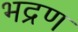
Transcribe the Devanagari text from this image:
भद्रण